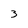
Character: 3